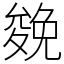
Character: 𠬍